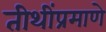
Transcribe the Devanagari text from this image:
तीथींप्रमाणे